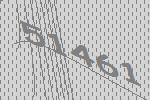
51461